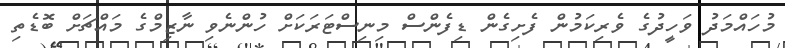
މުހައްމަދު ވަހީދުގެ ވެރިކަމުން ފެށިގެން ޑިފެންސް މިނިސްޓަރަކަށް ހުންނެވި ނާޒިމްގެ މައްޗަށް ބޮޑެތި